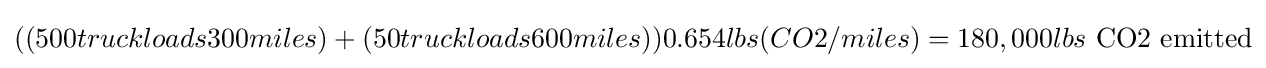
((500truckloads300miles)+(50truckloads600miles))0.654lbs(CO2/miles)=180,000lbs{\text{ CO2 emitted}}